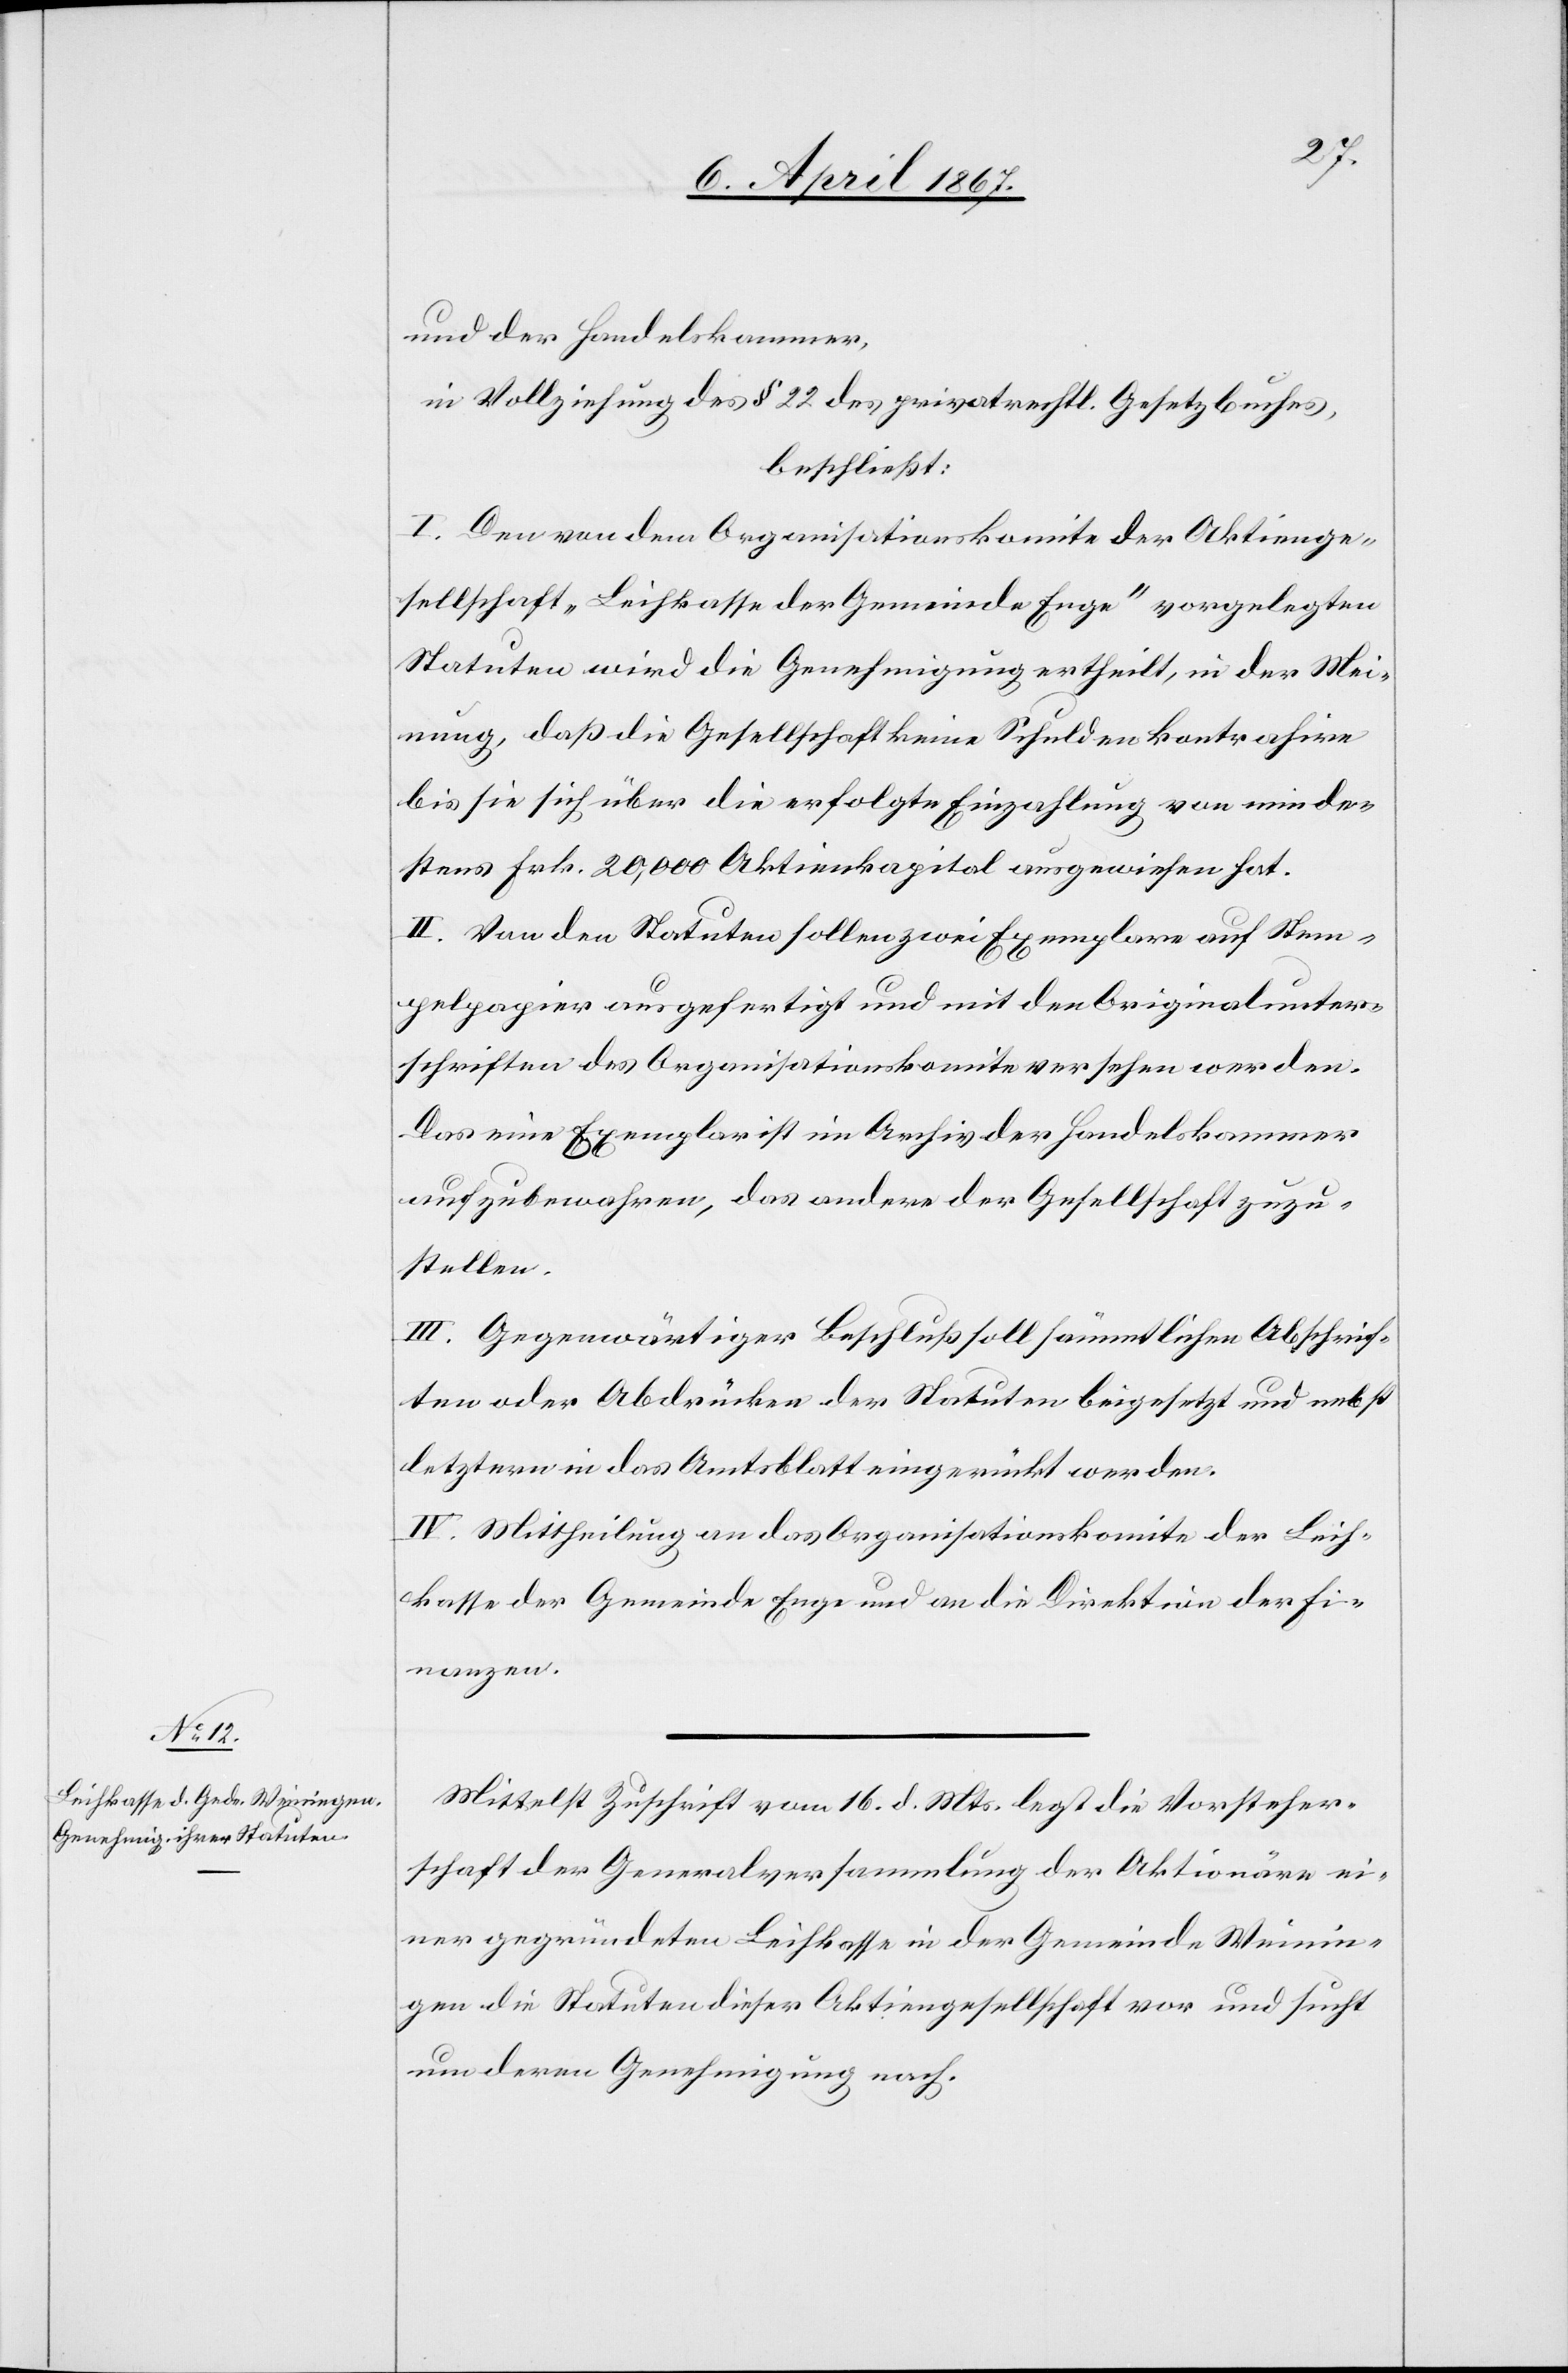
und der Handelskammer,
in Vollziehung des § 22 des privatrechtl. Gesetzbuches,
beschließt:
I. Den von dem Organisationskomite der Aktienge¬
sellschaft „Leihkasse der Gemeinde Enge“ vorgelegten
Statuten wird die Genehmigung ertheilt, in der Mei¬
nung, daß die Gesellschaft keine Schulden kontrahire
bis sie sich über die erfolgte Einzahlung von minde¬
stens Frk. 20,000 Aktienkapital ausgewiesen hat.
II. Von den Statuten sollen zwei Exemplare auf Stem¬
pelpapier ausgefertigt und mit den Originalunter¬
schriften des Organisationskomite versehen werden.
Das eine Exemplar ist im Archiv der Handelskammer
aufzubewahren, das andere der Gesellschaft zuzu¬
stellen.
III. Gegenwärtiger Beschluß soll sämmtlichen Abschrif¬
ten oder Abdrücken der Statuten beigesetzt und nebst
letztern in das Amtsblatt eingerückt werden.
IV. Mittheilung an das Organisationskomite der Leih¬
kasse der Gemeinde Enge und an die Direktion der Fi¬
nanzen.
Mittelst Zuschrift vom 16. d. Mts. legt die Vorsteher¬
schaft der Generalversammlung der Aktionäre ei¬
ner gegründeten Leihkasse in der Gemeinde Weinin¬
gen die Statuten dieser Aktiengesellschaft vor und sucht
um deren Genehmigung nach.